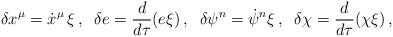
LaTeX: \begin{align*}\delta x^{\mu} = \dot{x}^{\mu}\,\xi \,,\;\; \delta e = \frac{d}{d\tau}(e\xi) \,,\;\; \delta \psi^n = \dot{\psi}^n\xi \,,\;\;\delta \chi = \frac{d}{d\tau}(\chi\xi)\, ,\end{align*}